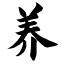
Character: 养